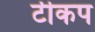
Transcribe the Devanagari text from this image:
टीकप